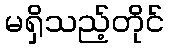
မရှိသည့်တိုင်